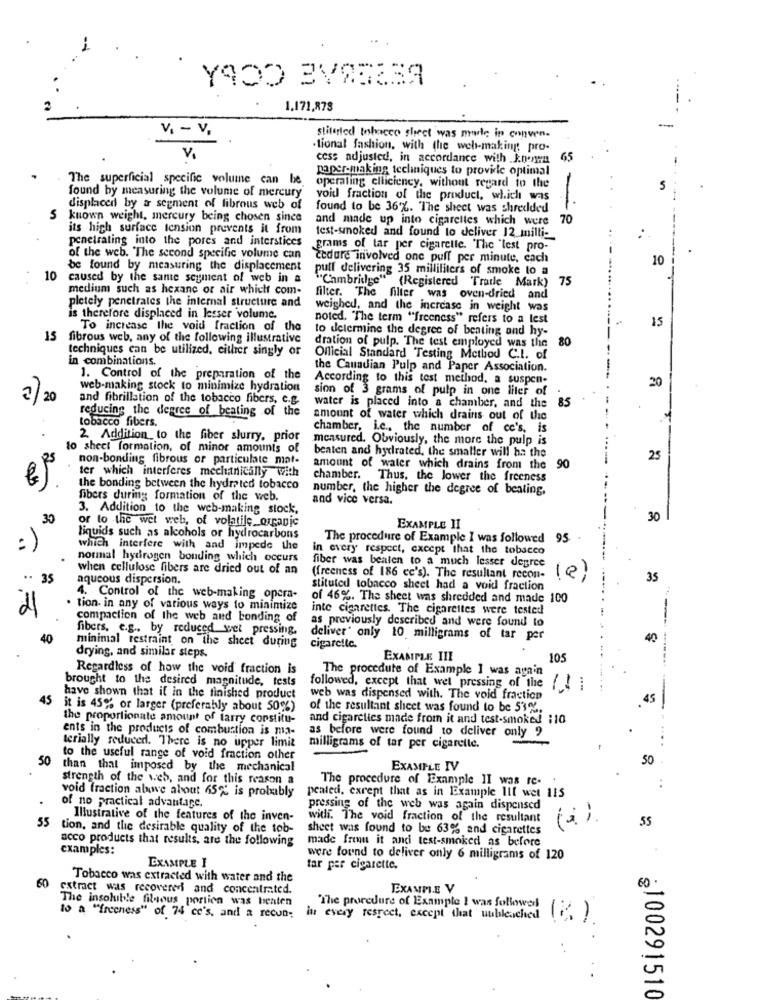
1.171,878
VI - v,
stituted tobacco sheet was made in conven-
.tional fashion, with the web-making pro-
V.
cess adjusted, in accordance with konwn
65
paper-making techniques to provide optimal
The superficial specific volume can be
found by measuring the volume of mercury
operaling ellicieney, without regard in the
void fraction of the product, which was
displaced by a segment of fibrous web of
found to be 36%. The sheet was shredded
5
known weight, mercury being chosen since
and made up into cigarettes which were
70
its high surface tension prevents it from
penetrating into the pores and interstices
test-smoked and found to deliver 12 milli-
grams of tar per cigaretle. The "lest pro-
of the web. The second specific volume can
cedare involved one puff per minute, each
10
be found by measuring the displacement
puff delivering 35 milliliters of smoke to a
10
caused by the sante segment of web in a
""Cambridge" (Registered Trade Mark)
75
medium such as hexane or air which com-
filter. The
filter was oven-dried and
pletely penetrates the internal structure and
weighed, and the increase in weight was
is therefore displaced in lesser volume.
noted. "The term "freeness" refers to a lest
15
To increase the void fraction of the
to determine the degree of beating and hy-
15 fibrous web, any of the following illustrative
techniques can be utilized, either singly or
dration of pulp. The test employed was the 80
in combinations.
Official Standard Testing Method C.I. of
the Canadian Pulp and Paper Association.
1. Control of the preparation of the
According to this test method, a suspen-
20
web-making stock to minimize hydration
sion of 3 grams of pulp in one liter of
2) 20
and fibrillation of the tobacco fibers, c.g.
reducing the degree of beating of the
water is placed into a chamber, and the
85
tobacco fibers.
amount of water which drains out of the
chamber, i.c ., the number of ce's, is
2. Addition to the fiber slurry, prior
measured. Obviously, the more the pulp is
to sheet formation, of minor amounts of
beaten and hydrated, the smaller will ha the
non-bonding fibrous or particulate mat-
25
ter which interferes mechanically with
amount of water which drains from the 90
chamber. Thus, the lower the freeness
the bonding between the hydrated tobacco
number, the higher the degree of beating,
fibers during formation of the web.
and vice versa.
3. Addition to the web-making stock,
30
or to the wet web, of volatile organic
30
EXAMPLE II
liquids such as alcohols or hydrocarbons
The procedure of Example I was followed
95
which interfere with and impede the
in every respect, except that the tobacco
normal hydrogen bonding which occurs
fiber was beaten to a much lesser degree
when cellulose fibers are dried out of an
35
aqueous dispersion.
(freeness of 186 cc's). The resultant recon-
35
stituted tobacco sheet had a void fraction
4. Control of the web-making opera-
of 46%. The sheet was shredded and made 100
· tion. in any of various ways to minimize
inte cigarettes. The cigarettes were tested
compaction of the web and bonding of
as previously described and were found to
fibers, e.g. by reduced wet pressing.
40
deliver" only 10 milligrams of tar per
40
minimal restraint on the sheet during
cigarette.
drying, and similar steps.
EXAMPLE III
105
Regardless of how the void fraction is
The procedure of Example I was again
brought to the desired magnitude, tests
followed, except that wet pressing of the { } ;
45
have shown that if in the finished product
web was dispensed with. The void fraction
45
it is 45% or larger (preferably about 50%)
of the resultant sheet was found to be 53%,
the proportionate amount of larry constitu-
and cigarctics made from it and test-smoked :10
ents in the products of combustion is ma-
as before were found to deliver only ?
terially reduced. There is no upper limit
milligrams of tar per cigarette.
50
to the useful range of void fraction other
than that imposed by the mechanical
EXAMPLE IV
strength of the web, and for this reason a
The procedure of Example II was re-
of no practical advantage.
void traction above about 65% is probably
peated, except that as in Example Ill wet 115
pressing of the web was again dispensed
55
Illustrative of the features of the inven-
with. The void fraction of the resultant
55
tion, and the desirable quality of the tob-
sheet was found to be 63% and cigarettes
acco products that results, are the following
made freu it and test-smoked as before
examples:
EXAMPLE I
were found to deliver only 6 milligrams of 120
tar per cigarette.
Tobacco was extracted with water and the
extract was recovered and concentrated.
EXAMPLE V
The insoluble filnous portion was beaten
"The procedure of Example I was followed
to a ""freeness" of 74 cc's, and a recun;
in every respect, except that uubleached
..
-100291510